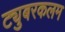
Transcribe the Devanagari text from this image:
ट्युबरकलम